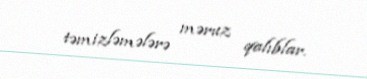
təmizləmələrə məruz qalıblar.